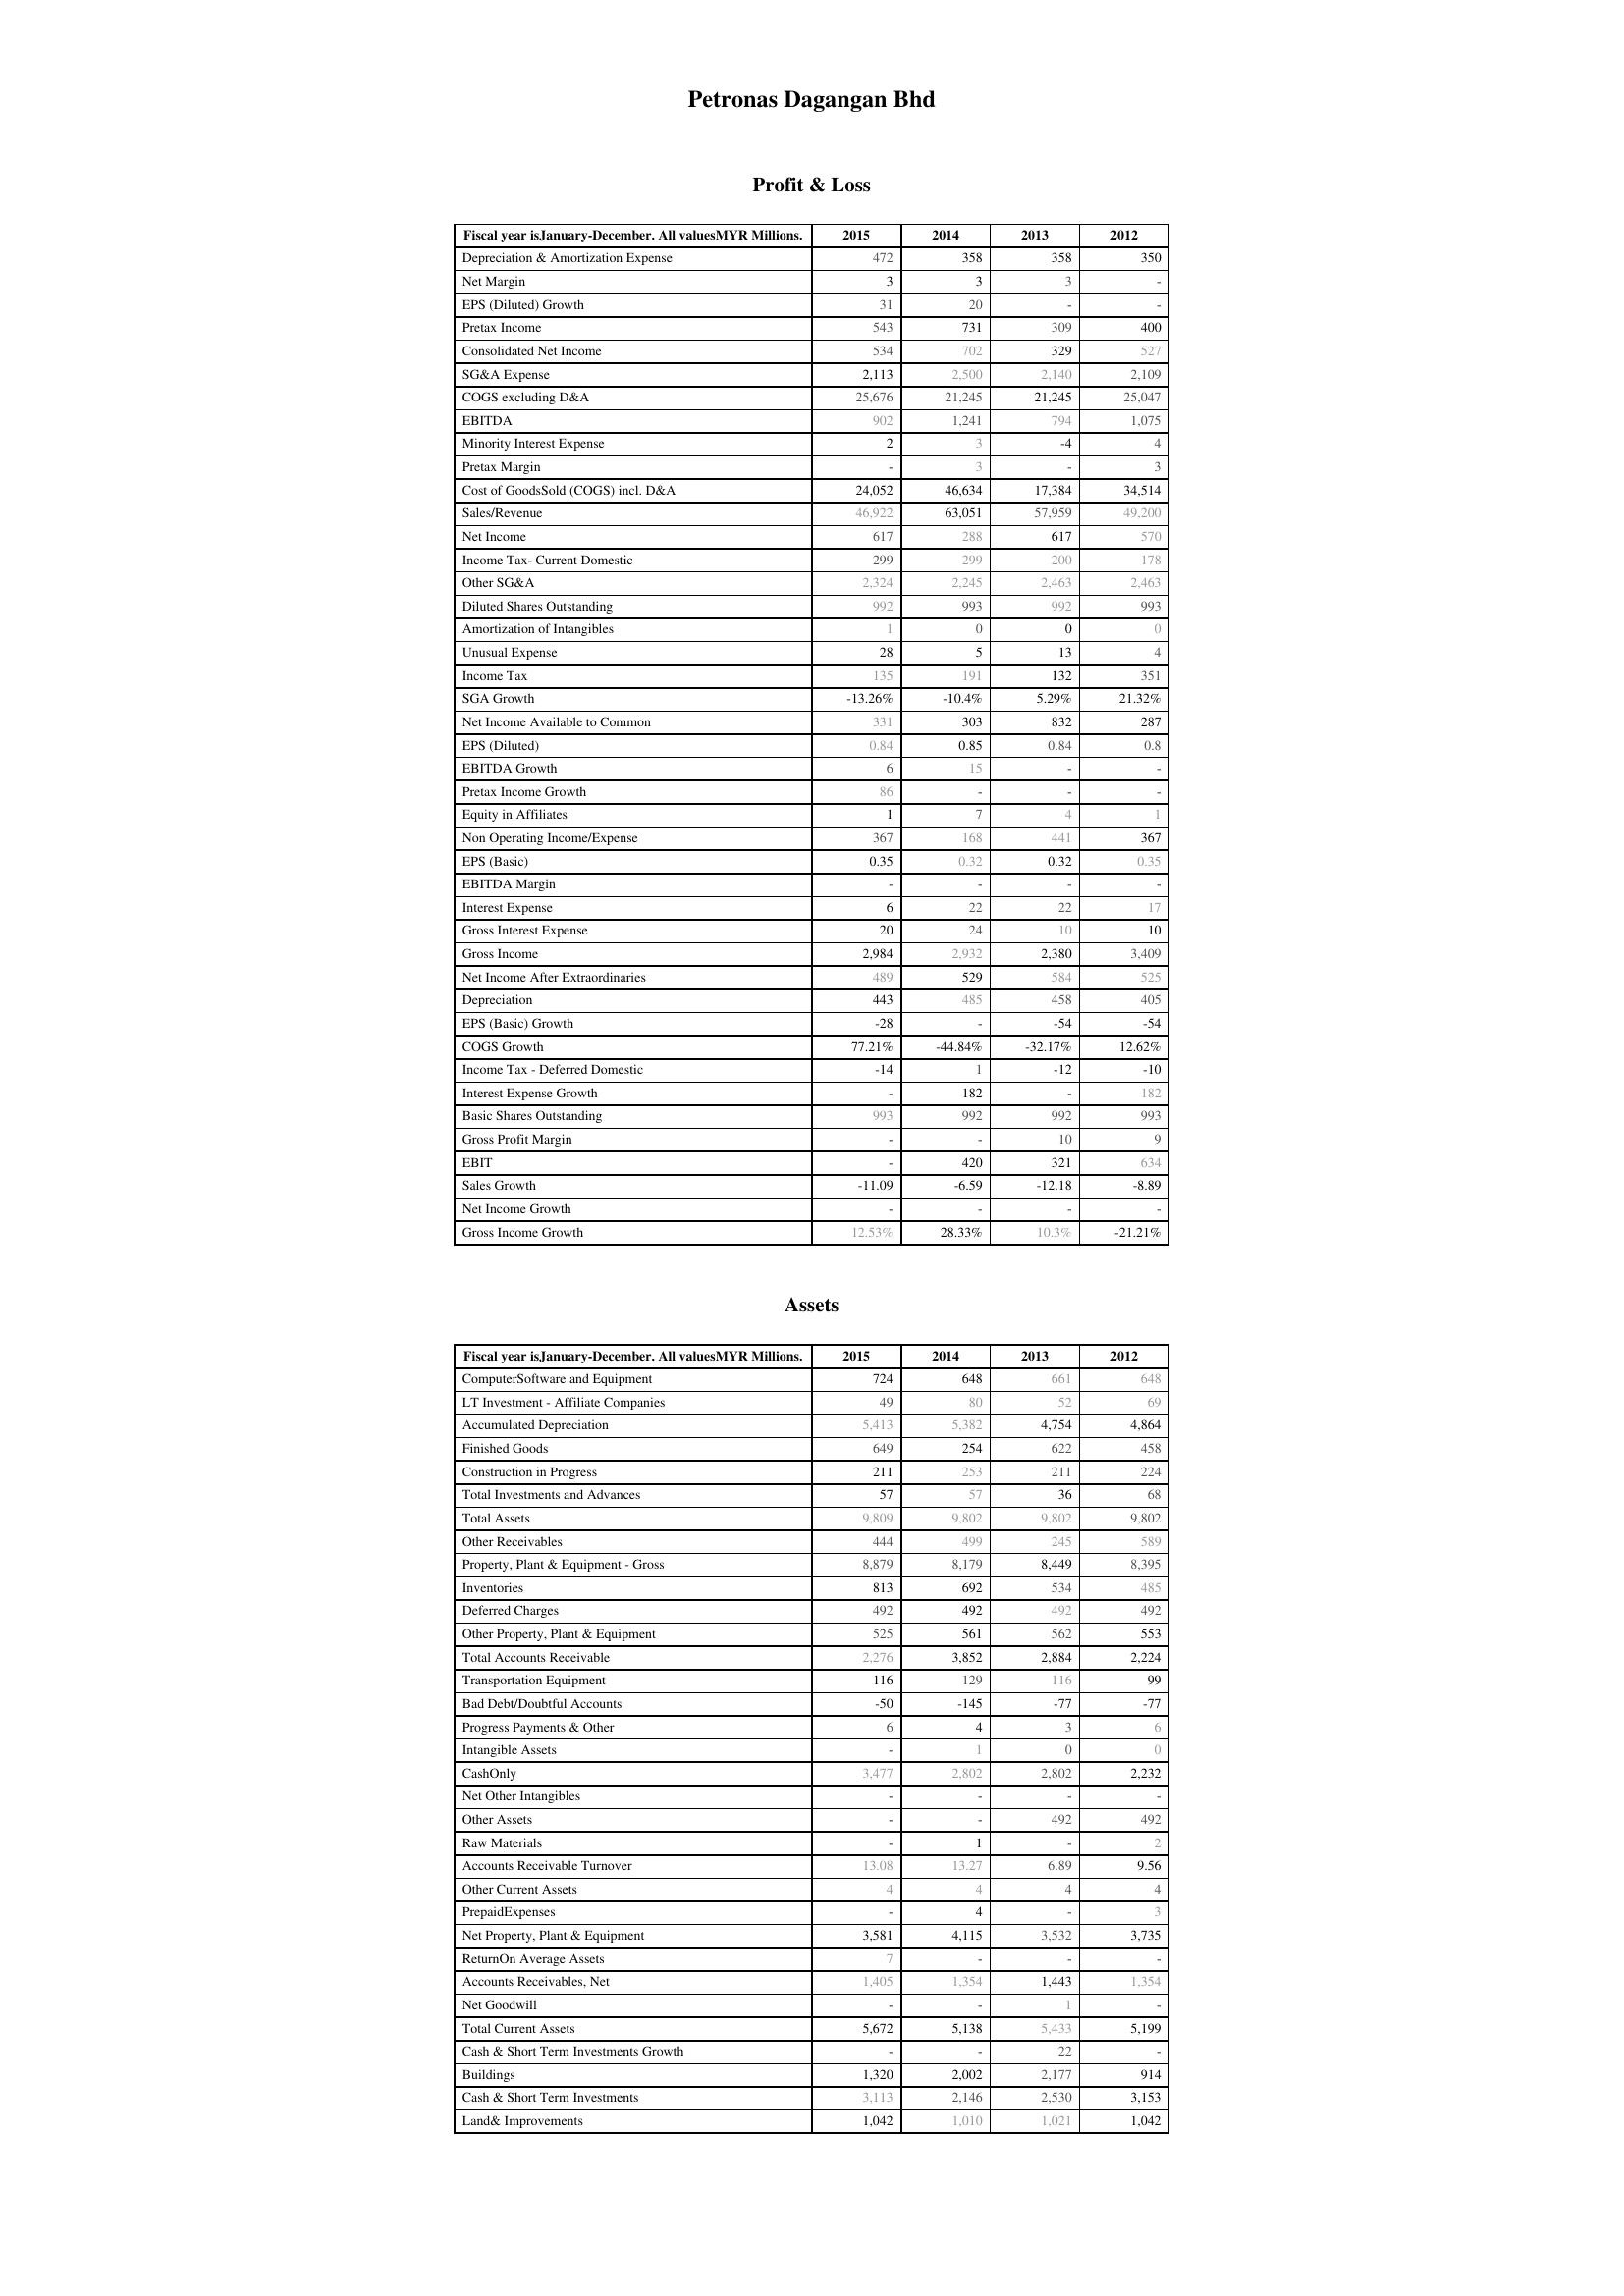
2015: Profit & Loss: Depreciation & Amortization Expense: 472
Net Margin: 3
EPS (Diluted) Growth: 31
Pretax Income: 543
Consolidated Net Income: 534
SG&A Expense: 2,113
COGS excluding D&A: 25,676
EBITDA: 902
Minority Interest Expense: 2
Pretax Margin: -
Cost of GoodsSold (COGS) incl. D&A: 24,052
Sales/Revenue: 46,922
Net Income: 617
Income Tax- Current Domestic: 299
Other SG&A: 2,324
Diluted Shares Outstanding: 992
Amortization of Intangibles: 1
Unusual Expense: 28
Income Tax: 135
SGA Growth: -13.26%
Net Income Available to Common: 331
EPS (Diluted): 0.84
EBITDA Growth: 6
Pretax Income Growth: 86
Equity in Affiliates: 1
Non Operating Income/Expense: 367
EPS (Basic): 0.35
EBITDA Margin: -
Interest Expense: 6
Gross Interest Expense: 20
Gross Income: 2,984
Net Income After Extraordinaries: 489
Depreciation: 443
EPS (Basic) Growth: -28
COGS Growth: 77.21%
Income Tax - Deferred Domestic: -14
Interest Expense Growth: -
Basic Shares Outstanding: 993
Gross Profit Margin: -
EBIT: -
Sales Growth: -11.09
Net Income Growth: -
Gross Income Growth: 12.53%
Assets: ComputerSoftware and Equipment: 724
LT Investment - Affiliate Companies: 49
Accumulated Depreciation: 5,413
Finished Goods: 649
Construction in Progress: 211
Total Investments and Advances: 57
Total Assets: 9,809
Other Receivables: 444
Property, Plant & Equipment - Gross : 8,879
Inventories: 813
Deferred Charges: 492
Other Property, Plant & Equipment: 525
Total Accounts Receivable: 2,276
Transportation Equipment: 116
Bad Debt/Doubtful Accounts: -50
Progress Payments & Other: 6
Intangible Assets: -
CashOnly: 3,477
Net Other Intangibles: -
Other Assets: -
Raw Materials: -
Accounts Receivable Turnover: 13.08
Other Current Assets: 4
PrepaidExpenses: -
Net Property, Plant & Equipment: 3,581
ReturnOn Average Assets: 7
Accounts Receivables, Net: 1,405
Net Goodwill: -
Total Current Assets: 5,672
Cash & Short Term Investments Growth: -
Buildings: 1,320
Cash & Short Term Investments: 3,113
Land& Improvements: 1,042
2014: Profit & Loss: Depreciation & Amortization Expense: 358
Net Margin: 3
EPS (Diluted) Growth: 20
Pretax Income: 731
Consolidated Net Income: 702
SG&A Expense: 2,500
COGS excluding D&A: 21,245
EBITDA: 1,241
Minority Interest Expense: 3
Pretax Margin: 3
Cost of GoodsSold (COGS) incl. D&A: 46,634
Sales/Revenue: 63,051
Net Income: 288
Income Tax- Current Domestic: 299
Other SG&A: 2,245
Diluted Shares Outstanding: 993
Amortization of Intangibles: 0
Unusual Expense: 5
Income Tax: 191
SGA Growth: -10.4%
Net Income Available to Common: 303
EPS (Diluted): 0.85
EBITDA Growth: 15
Pretax Income Growth: -
Equity in Affiliates: 7
Non Operating Income/Expense: 168
EPS (Basic): 0.32
EBITDA Margin: -
Interest Expense: 22
Gross Interest Expense: 24
Gross Income: 2,932
Net Income After Extraordinaries: 529
Depreciation: 485
EPS (Basic) Growth: -
COGS Growth: -44.84%
Income Tax - Deferred Domestic: 1
Interest Expense Growth: 182
Basic Shares Outstanding: 992
Gross Profit Margin: -
EBIT: 420
Sales Growth: -6.59
Net Income Growth: -
Gross Income Growth: 28.33%
Assets: ComputerSoftware and Equipment: 648
LT Investment - Affiliate Companies: 80
Accumulated Depreciation: 5,382
Finished Goods: 254
Construction in Progress: 253
Total Investments and Advances: 57
Total Assets: 9,802
Other Receivables: 499
Property, Plant & Equipment - Gross : 8,179
Inventories: 692
Deferred Charges: 492
Other Property, Plant & Equipment: 561
Total Accounts Receivable: 3,852
Transportation Equipment: 129
Bad Debt/Doubtful Accounts: -145
Progress Payments & Other: 4
Intangible Assets: 1
CashOnly: 2,802
Net Other Intangibles: -
Other Assets: -
Raw Materials: 1
Accounts Receivable Turnover: 13.27
Other Current Assets: 4
PrepaidExpenses: 4
Net Property, Plant & Equipment: 4,115
ReturnOn Average Assets: -
Accounts Receivables, Net: 1,354
Net Goodwill: -
Total Current Assets: 5,138
Cash & Short Term Investments Growth: -
Buildings: 2,002
Cash & Short Term Investments: 2,146
Land& Improvements: 1,010
2013: Profit & Loss: Depreciation & Amortization Expense: 358
Net Margin: 3
EPS (Diluted) Growth: -
Pretax Income: 309
Consolidated Net Income: 329
SG&A Expense: 2,140
COGS excluding D&A: 21,245
EBITDA: 794
Minority Interest Expense: -4
Pretax Margin: -
Cost of GoodsSold (COGS) incl. D&A: 17,384
Sales/Revenue: 57,959
Net Income: 617
Income Tax- Current Domestic: 200
Other SG&A: 2,463
Diluted Shares Outstanding: 992
Amortization of Intangibles: 0
Unusual Expense: 13
Income Tax: 132
SGA Growth: 5.29%
Net Income Available to Common: 832
EPS (Diluted): 0.84
EBITDA Growth: -
Pretax Income Growth: -
Equity in Affiliates: 4
Non Operating Income/Expense: 441
EPS (Basic): 0.32
EBITDA Margin: -
Interest Expense: 22
Gross Interest Expense: 10
Gross Income: 2,380
Net Income After Extraordinaries: 584
Depreciation: 458
EPS (Basic) Growth: -54
COGS Growth: -32.17%
Income Tax - Deferred Domestic: -12
Interest Expense Growth: -
Basic Shares Outstanding: 992
Gross Profit Margin: 10
EBIT: 321
Sales Growth: -12.18
Net Income Growth: -
Gross Income Growth: 10.3%
Assets: ComputerSoftware and Equipment: 661
LT Investment - Affiliate Companies: 52
Accumulated Depreciation: 4,754
Finished Goods: 622
Construction in Progress: 211
Total Investments and Advances: 36
Total Assets: 9,802
Other Receivables: 245
Property, Plant & Equipment - Gross : 8,449
Inventories: 534
Deferred Charges: 492
Other Property, Plant & Equipment: 562
Total Accounts Receivable: 2,884
Transportation Equipment: 116
Bad Debt/Doubtful Accounts: -77
Progress Payments & Other: 3
Intangible Assets: 0
CashOnly: 2,802
Net Other Intangibles: -
Other Assets: 492
Raw Materials: -
Accounts Receivable Turnover: 6.89
Other Current Assets: 4
PrepaidExpenses: -
Net Property, Plant & Equipment: 3,532
ReturnOn Average Assets: -
Accounts Receivables, Net: 1,443
Net Goodwill: 1
Total Current Assets: 5,433
Cash & Short Term Investments Growth: 22
Buildings: 2,177
Cash & Short Term Investments: 2,530
Land& Improvements: 1,021
2012: Profit & Loss: Depreciation & Amortization Expense: 350
Net Margin: -
EPS (Diluted) Growth: -
Pretax Income: 400
Consolidated Net Income: 527
SG&A Expense: 2,109
COGS excluding D&A: 25,047
EBITDA: 1,075
Minority Interest Expense: 4
Pretax Margin: 3
Cost of GoodsSold (COGS) incl. D&A: 34,514
Sales/Revenue: 49,200
Net Income: 570
Income Tax- Current Domestic: 178
Other SG&A: 2,463
Diluted Shares Outstanding: 993
Amortization of Intangibles: 0
Unusual Expense: 4
Income Tax: 351
SGA Growth: 21.32%
Net Income Available to Common: 287
EPS (Diluted): 0.8
EBITDA Growth: -
Pretax Income Growth: -
Equity in Affiliates: 1
Non Operating Income/Expense: 367
EPS (Basic): 0.35
EBITDA Margin: -
Interest Expense: 17
Gross Interest Expense: 10
Gross Income: 3,409
Net Income After Extraordinaries: 525
Depreciation: 405
EPS (Basic) Growth: -54
COGS Growth: 12.62%
Income Tax - Deferred Domestic: -10
Interest Expense Growth: 182
Basic Shares Outstanding: 993
Gross Profit Margin: 9
EBIT: 634
Sales Growth: -8.89
Net Income Growth: -
Gross Income Growth: -21.21%
Assets: ComputerSoftware and Equipment: 648
LT Investment - Affiliate Companies: 69
Accumulated Depreciation: 4,864
Finished Goods: 458
Construction in Progress: 224
Total Investments and Advances: 68
Total Assets: 9,802
Other Receivables: 589
Property, Plant & Equipment - Gross : 8,395
Inventories: 485
Deferred Charges: 492
Other Property, Plant & Equipment: 553
Total Accounts Receivable: 2,224
Transportation Equipment: 99
Bad Debt/Doubtful Accounts: -77
Progress Payments & Other: 6
Intangible Assets: 0
CashOnly: 2,232
Net Other Intangibles: -
Other Assets: 492
Raw Materials: 2
Accounts Receivable Turnover: 9.56
Other Current Assets: 4
PrepaidExpenses: 3
Net Property, Plant & Equipment: 3,735
ReturnOn Average Assets: -
Accounts Receivables, Net: 1,354
Net Goodwill: -
Total Current Assets: 5,199
Cash & Short Term Investments Growth: -
Buildings: 914
Cash & Short Term Investments: 3,153
Land& Improvements: 1,042